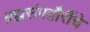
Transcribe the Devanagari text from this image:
ब्रह्मसंपद्गौरींचे